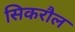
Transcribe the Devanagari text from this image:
सिकरौल